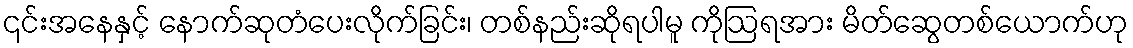
၎င်းအနေနှင့် နောက်ဆုတံပေးလိုက်ခြင်း၊ တစ်နည်းဆိုရပါမူ ကိုဩရအား မိတ်ဆွေတစ်ယောက်ဟု